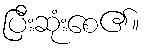
ပြီးဆုံးစေ၏။